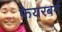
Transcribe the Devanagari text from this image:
फेयरबर्न